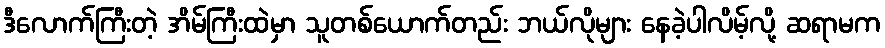
ဒီလောက်ကြီးတဲ့ အိမ်ကြီးထဲမှာ သူတစ်ယောက်တည်း ဘယ်လိုများ နေခဲ့ပါလိမ့်လို့ ဆရာမက